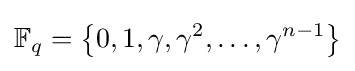
\mathbb {F} _{q}=\left\{0,1,\gamma ,\gamma ^{2},\ldots ,\gamma ^{n-1}\right\}